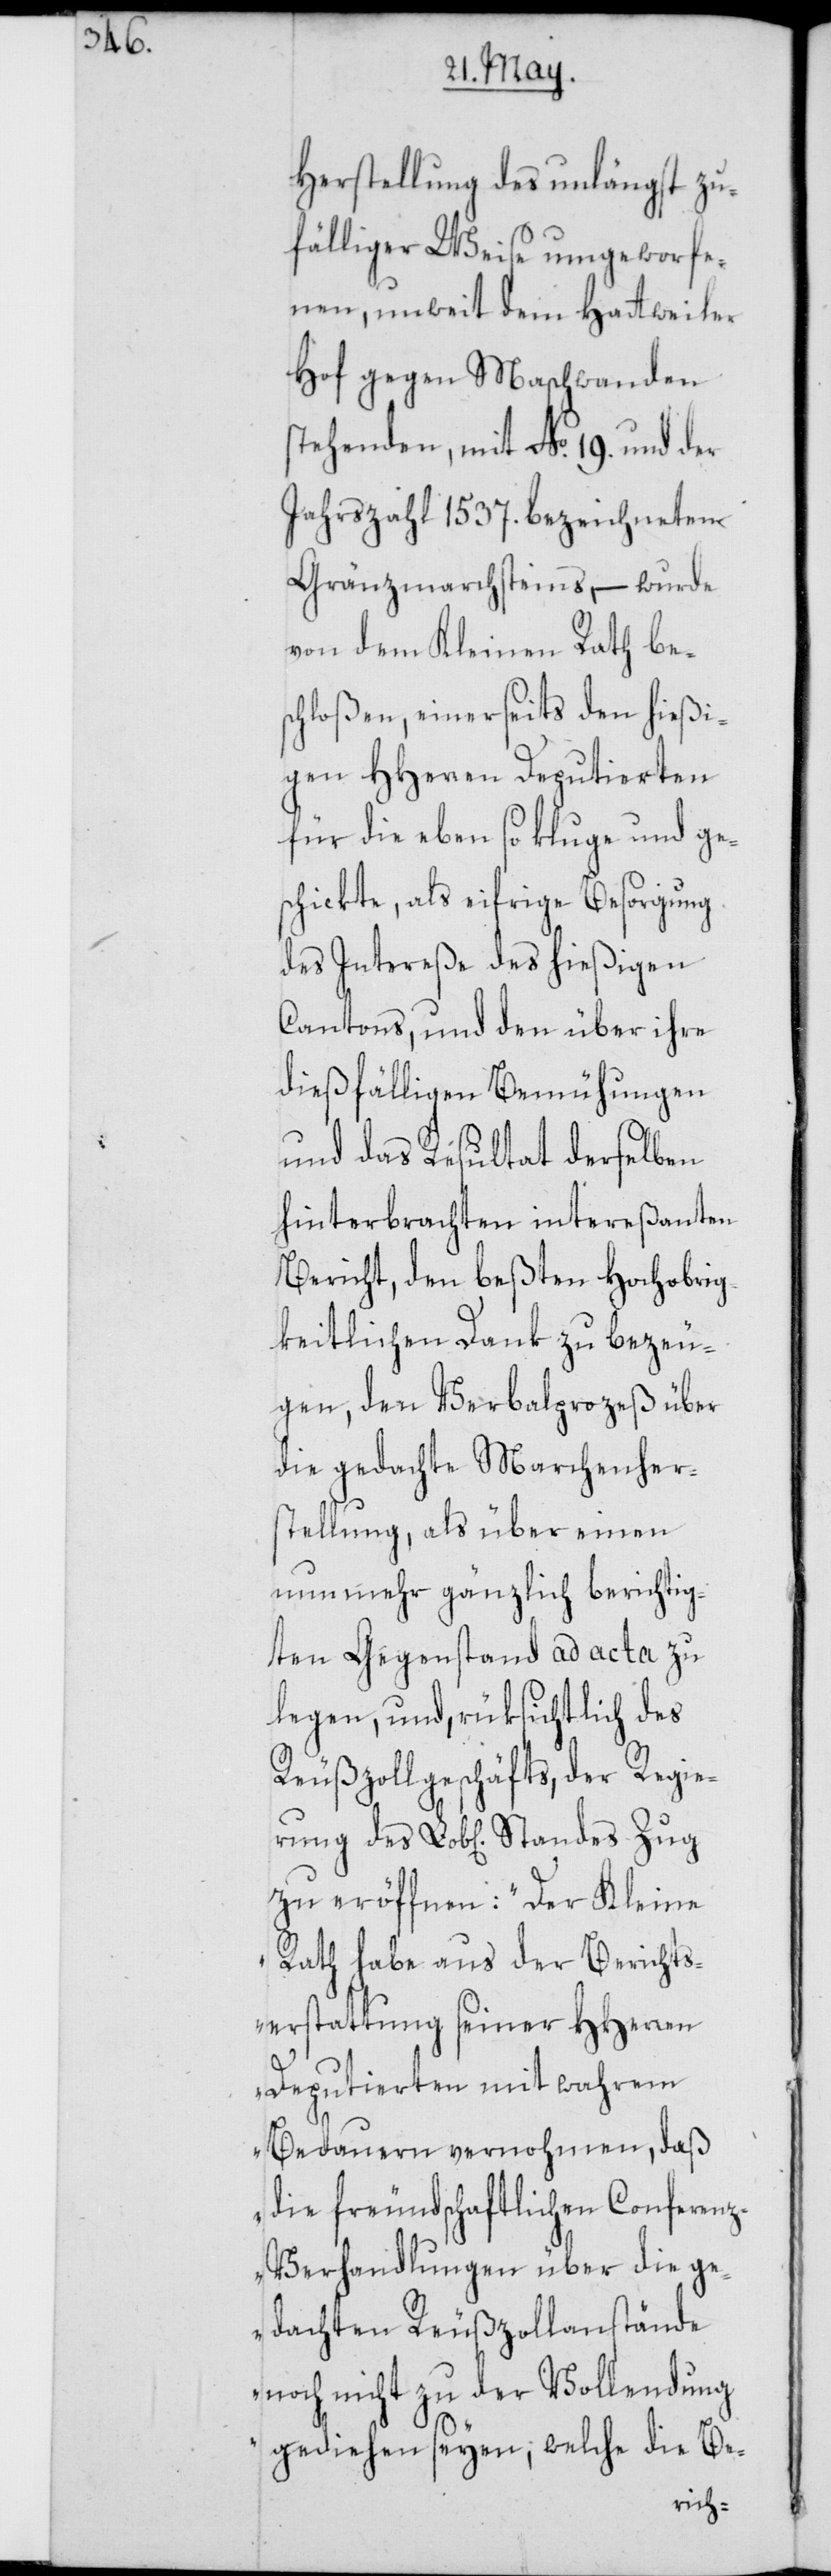
Herstellung des unlängst zu¬
fälliger Weise umgeworfe¬
nen, unweit dem Hattweiler
Hof gegen Maschwanden
stehenden, mit No. 19. und der
Jahrszahl 1537. bezeichneten
Gränzmarchsteins, – wurde
von dem Kleinen Rath bes¬
chloßen, einerseits den hießi¬
gen HHerren Deputierten
für die eben so kluge und ge¬
schikte, als eifrige Besorgung
des Intereße des hießigen
Cantons, und den über ihre
dießfälligen Bemühungen
und das Resultat derselben
hinterbrachten intereßanten
Bericht, den beßten Hochobrig¬
keitlichen Dank zu bezeu¬
gen, den Verbalprozeß über
die gedachte Marchenher¬
stellung, als über einen
nun mehr gänzlich berichtig¬
ten Gegenstand ad acta zu
legen, und, rüksichtlich des
Reußzollgeschäfts, der Regie¬
zu eröffnen: „Der Kleine
Rath habe aus der Berichts¬
erstattung seiner HHerren
Deputierten mit wahrem
Bedauern vernohmen, daß
die freundschaftlichen Conferen¬
z-Verhandlungen über die ge¬
dachten Reußzollanstände
noch nicht zu der Vollendung
gediehen seyen, welche die Be-
rung